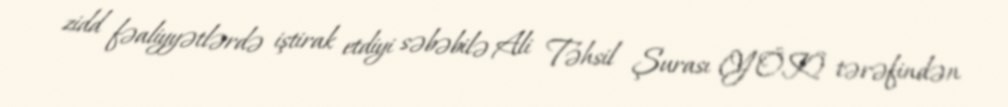
zidd fəaliyyətlərdə iştirak etdiyi səbəbilə Ali Təhsil Şurası (YÖK) tərəfindən